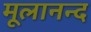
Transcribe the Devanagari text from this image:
मूलानन्द